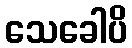
သေခေါပိ